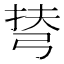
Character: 𢏪